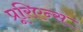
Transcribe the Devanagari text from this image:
प्रूरिएन्स